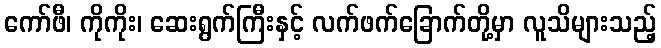
ကော်ဖီ၊ ကိုကိုး၊ ဆေးရွက်ကြီးနှင့် လက်ဖက်ခြောက်တို့မှာ လူသိများသည့်